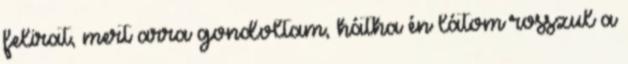
felirat, mert arra gondoltam, hátha én látom rosszul a